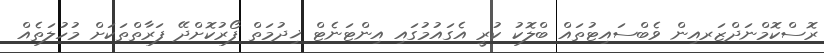
ރޮސްކޮމްނަދްޒަރއިން ވެބްސައިޓުތައް ބްލޮކު ކުރީ އެގައުމުގައި އިންޓަނެޓް ޚިދުމަތް ފޯރުކޮށްދޭ ފަރާތްތަކަށް މުހުލަތެއް